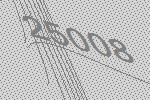
25008